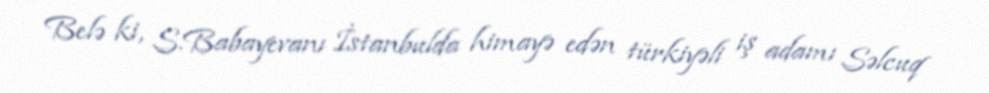
Belə ki, S.Babayevanı İstanbulda himayə edən türkiyəli iş adamı Səlcuq